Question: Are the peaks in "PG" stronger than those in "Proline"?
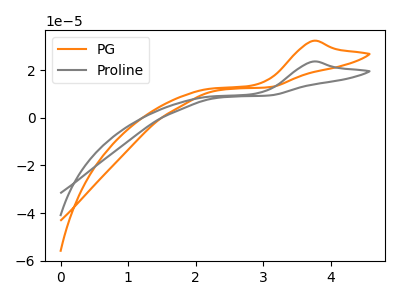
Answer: <think>The orange curve "PG" has an anodic peak at: (3.75V, 32.40uA). The gray curve "Proline" has an anodic peak at: (3.75V, 23.70uA).</think>
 <answer>Every peak in "PG" is higher than every peak in "Proline".</answer>
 <eval>higher</eval>